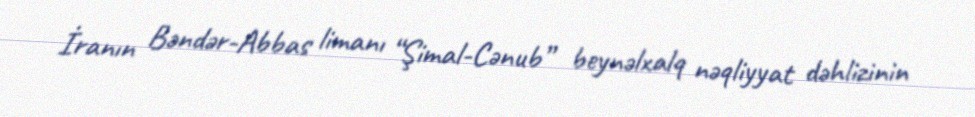
İranın Bəndər-Abbas limanı “Şimal-Cənub” beynəlxalq nəqliyyat dəhlizinin